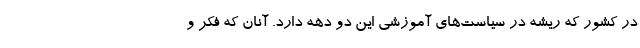
در کشور که ریشه در سیاست‌های آموزشی این دو دهه دارد. آنان که فکر و